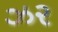
ઝર